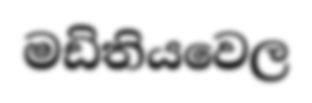
මඩිතියවෙල